Scottish Leaving Certificate Examination, 1959
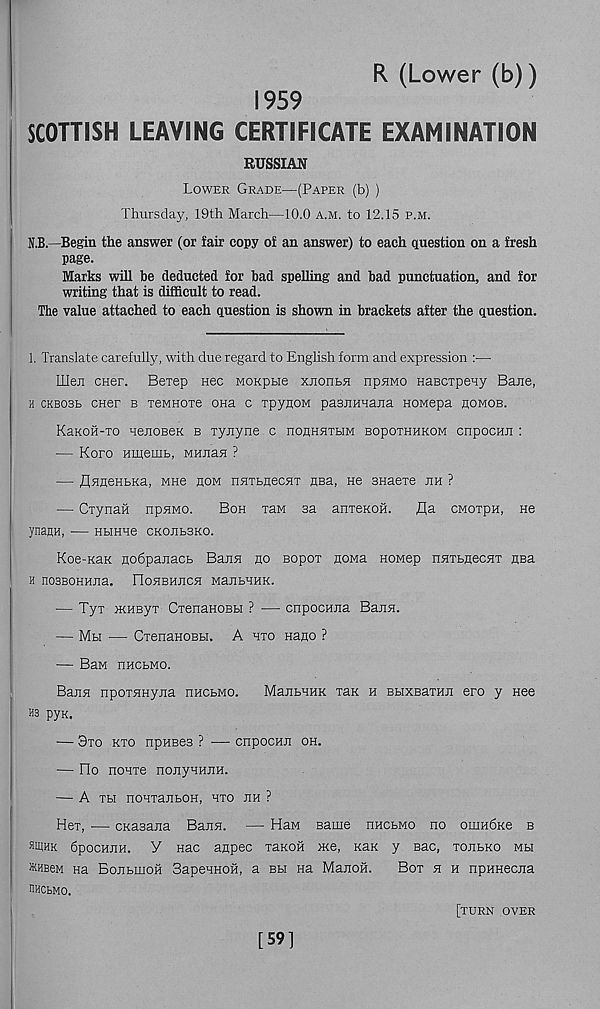
R (Lower (b))
1959
SCOTTISH LEAVING CERTIFICATE EXAMINATION
RUSSIAN
Lower Grade—(Paper (b) )
Thursday, 19th March—10.0 a.m. to 12.15 p.m.
N.B.—Begin the answer (or fair copy of an answer) to each question on a fresh
page.
Marks will be deducted for bad spelling and bad punctuation, and for
writing that is difficult to read.
The value attached to each question is shown in brackets after the question.
1. Translate carefully, with due regard to English form and expression :—
Uleji CHer. Bepep nee MOKptie xjionbH npjmo HaBCTpeny Bane,
h CKB03B cner b xeMHOTe OHa c TpyaoM paBEMHaiia HOMepa homob.
Khkoh-to uenoBeK b xyjiyne c noflHHTtiM bopothhkom cnpocHn :
— Koro Hineuib, mwizh ?
— flHneHtKa, MHe eom nHTfanecHT HBa, ne snaere jih ?
— CiynaH npHMO.
Boh xaM sa anxeKOH.
fla cmoxph, He
ynaijH, ■— Hbrnue ckojibbko.
Koe-KaK Hodpanacb Bana no Bopox noMa HOMep nnxbHecHx nea
H nOSBOHHJia. flOHBHJICH MajIbHHK.
— Tyx >KHByx CxenanoBH ? — cnpocHJia Bann.
— Mh — CxenanoBbi. A hxo nano ?
— Ban nHCbMO.
Bann npoxHHyjia nHCbMO.
ManbHHK xan h BbixBaxHJi ero y nee
ns pyx.
— 8xo kxo npHBes ? — cnpocHJi oh.
— no nouxe nojiyHHJiH.
— A xh noHxajibOH, hxo jih ?
Hex, — CKasana Baira. — HaM Bame hhcbmo no oiHHdice b
siphr dpocHJiH. V nac anpec xaKOH JKe, k&k y sac, xojibko mbi
WHBeM Ha BojibuioH SapeHHOH, a bh na Majioii.
Box 5i h npHHecjia
HHCbMO.
[59]
[turn over